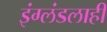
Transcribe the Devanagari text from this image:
इंग्लंडलाही